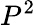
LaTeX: P^{2}